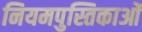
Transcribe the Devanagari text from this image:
नियमपुस्तिकाओं